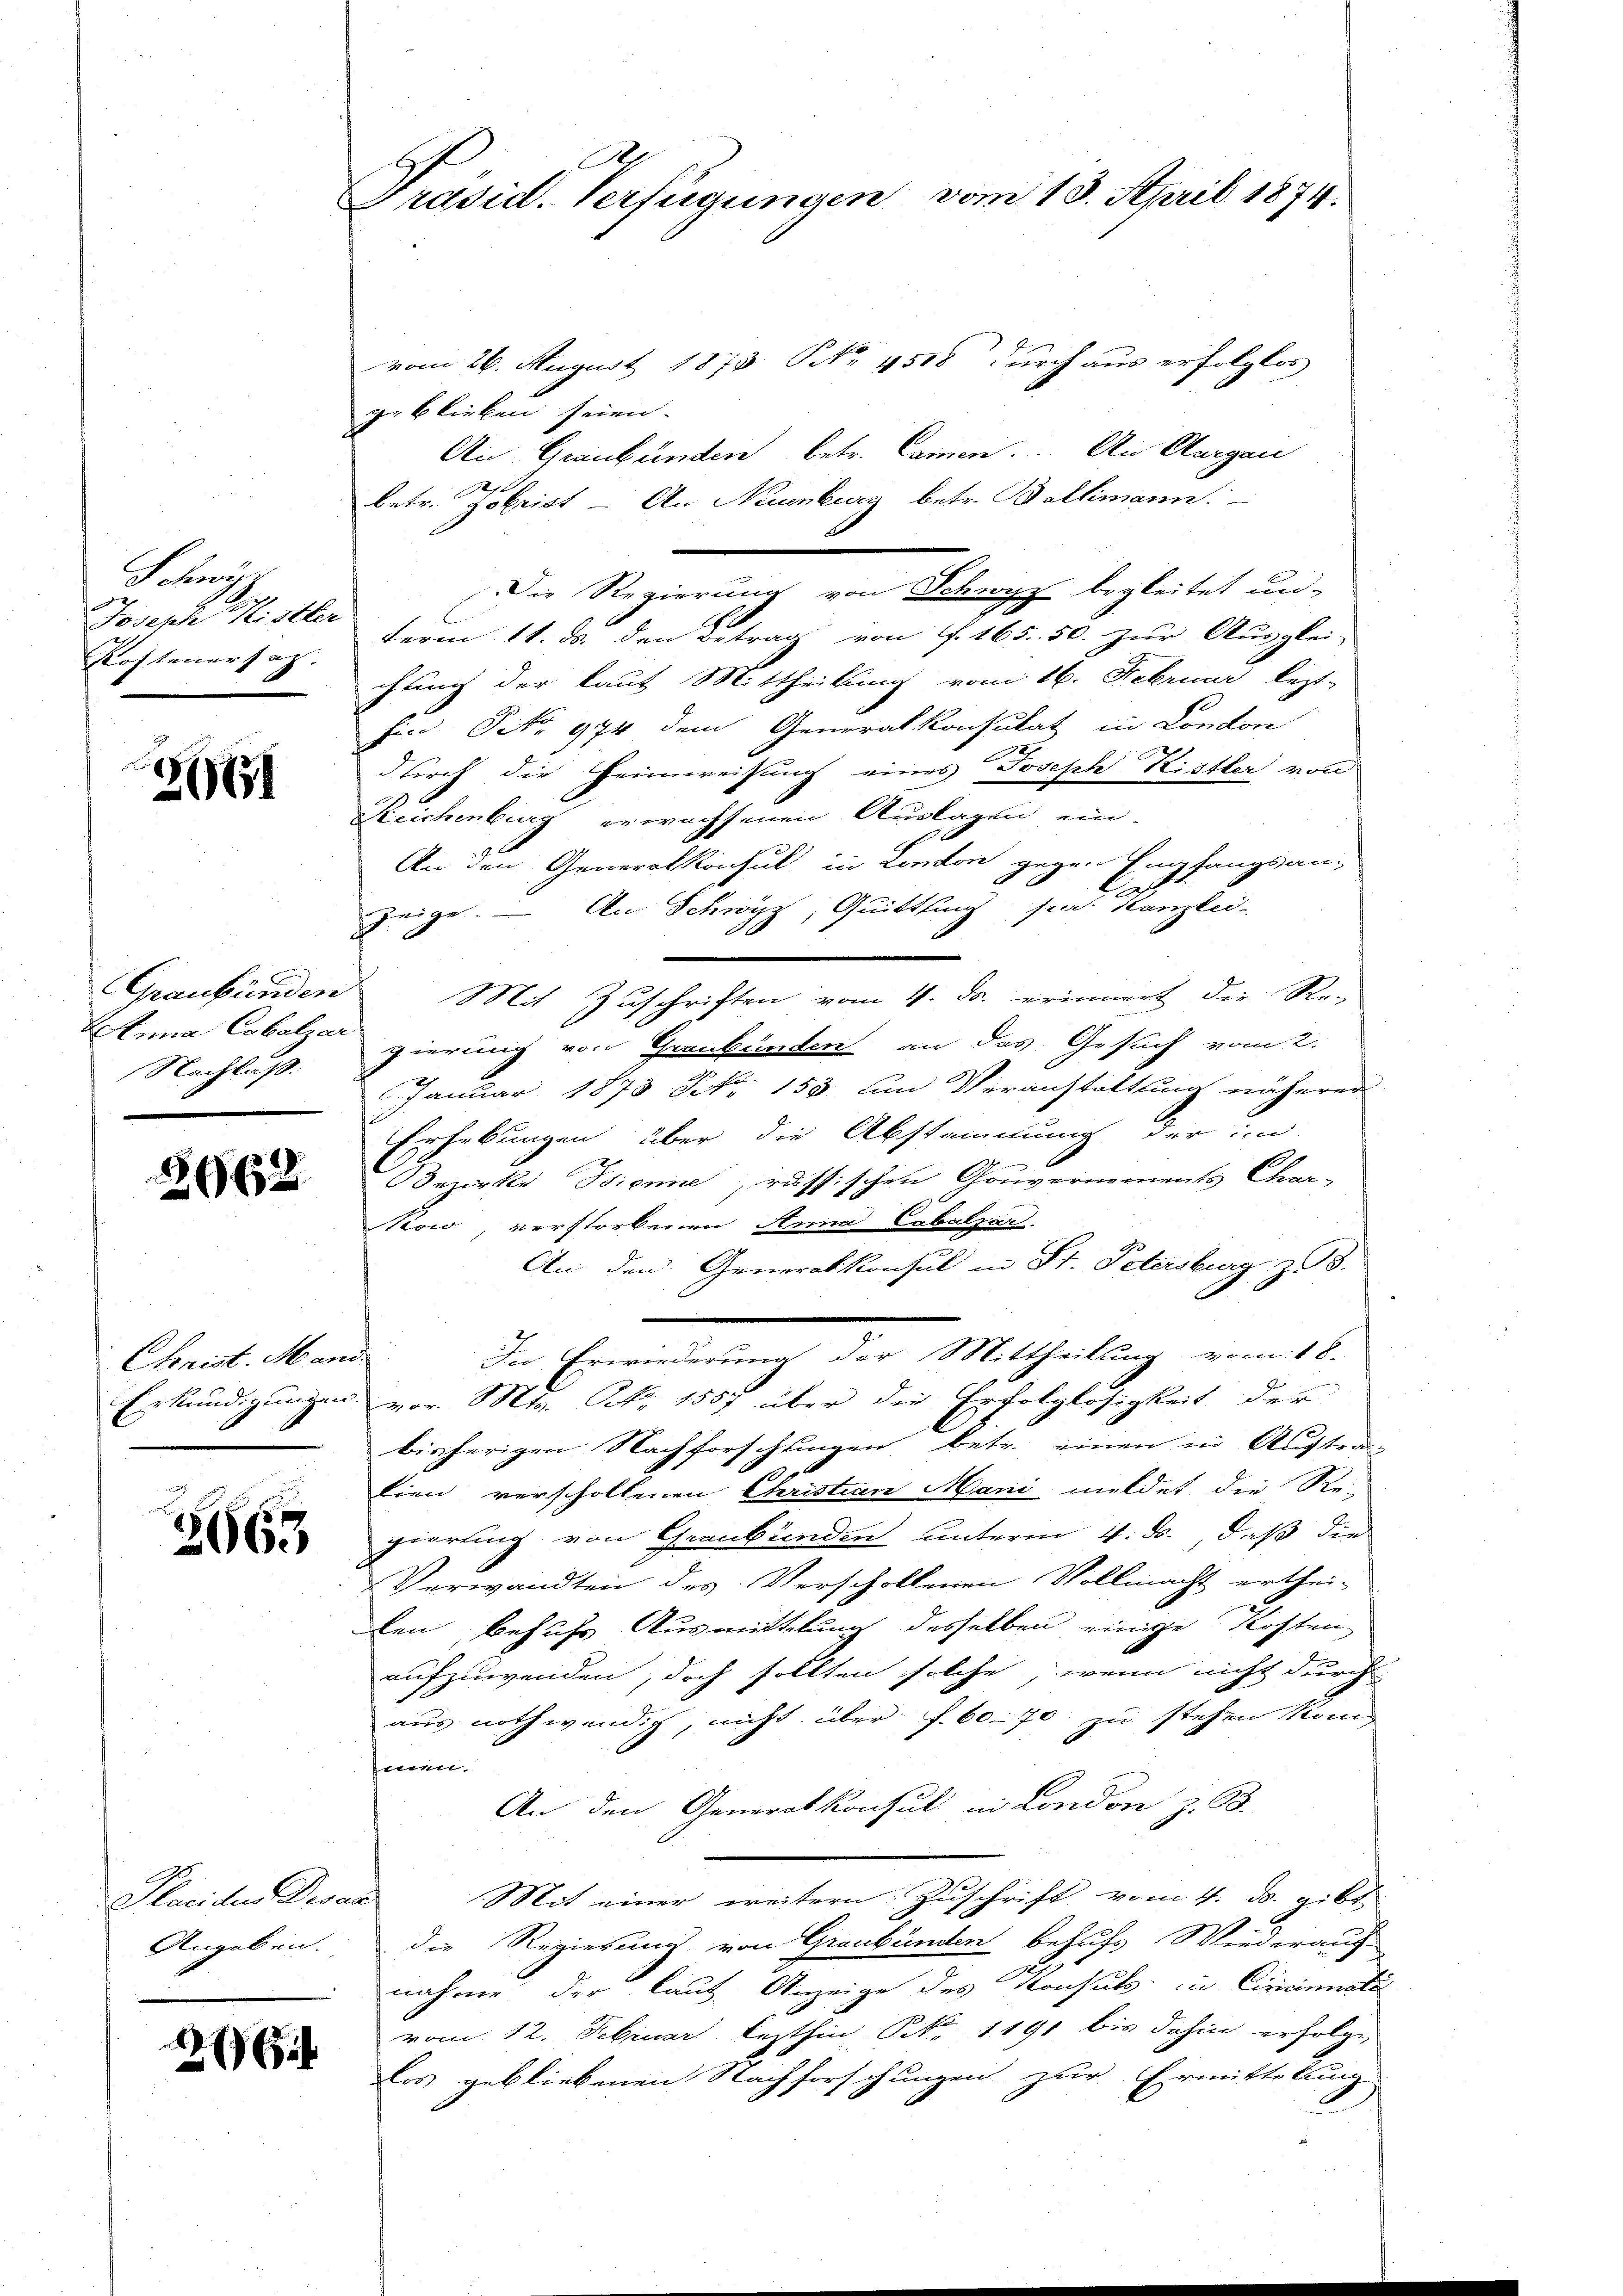
Schwyz
Joseph Mistler
Kostenersag

2161

Nachlaß.

2662

Christ. Mand

2663

Sacilen Devan
Angeben.

265

A
Präsid. Verfügungen vom 18. April 1874.

vom 26. August 1873 NNo. 4518 durch aus erfolglos
geblieben seien.
An Graubünden betr. Canien. — An Aargau
betr. Zobrist - An Neuenburg betr. Ballimann.
Die Regierung von Schwyz begleitet un-
term 11. ds. den Betrag von f. 165. 50. zur Ausglei-
chung der laut Mittheilung vom 16. Februar lezt-
Ein P. 974 dem Generalkonsulat in London
durch die Heimweisung eines Joseph Kistler von
Reichenburg erwachsenen Auslagen ein-
1
An den Generalkonsul in London gegen Empfangsan-
le
zeige. — An Schwyz, Quittling pr. Kanzlei-
Graubünden Mit Zŭschriften vom 4. ds. erinnert die Re-
Totina Cobelzer gierung von Grenkanten an das Gesuch vom 2.

Januar 1873 No 153 und Veranstaltung näherer
Erhebungen über die Abstammung der im
Bezirke Biene, russischen Gouvernements Char-
Kow, verstorbenen Anna Cabulzer.
An den Generalkonsul in St. Petersburg z. B.
In Erwiederung der Mittheilung vom 18.
Erkundigungen vor. Mts. Art. 1557 über die Erfolglosigkeit der
bisherigen Nachforschungen betr. einen in Auftrag
tien verscholtenen Christian Mani meldet, die Re-
giortung von Graubünden unterm 4. ds., daß die
Verwandten des Verschollenen Vollmacht erthei-
len besuchs Ausmittelung desselben einige Kosten
aufzuwenden, doch sollten solche, wenn nicht durch
aus nothwendig, nicht über f. 60. 70 zu stehen kön
t
An den Generalkonsul in London z. B.
Mit einer weitern Zuschrift vom 4. d. gibt
1
die Regierung von Graubünden behufs Wiederauf
nahme der laut Anzeige des Konsuls in Cincinati
vom 12. Februar lezthin Nr. 1191 bis dahin erfolge,
les gebliebenen Nachforschungen zur Ermittelung